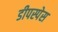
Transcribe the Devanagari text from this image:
डीपस्पेस